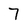
Character: 7